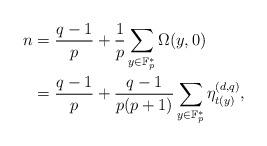
LaTeX: \begin{align*}n &=\frac{q-1}{p}+\frac{1}{p}\sum_{y \in \mathbb{F}_p^*}\Omega(y,0) \\&=\frac{q-1}{p}+\frac{q-1}{p(p+1)}\sum_{y \in \mathbb{F}_p^*}\eta_{t(y)}^{(d,q)}, \end{align*}